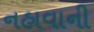
નહાવાની